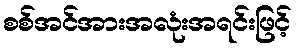
စစ်အင်အားအလုံးအရင်းဖြင့်